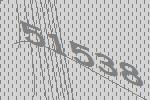
51538